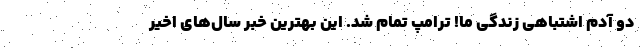
دو آدم اشتباهی زندگی ما! ترامپ تمام شد. این بهترین خبر سال‌های اخیر